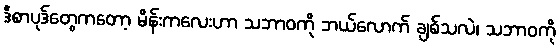
ဒီစာပုဒ်တွေကတော့ မိန်းကလေးဟာ သဘာဝကို ဘယ်လောက် ချစ်သလဲ၊ သဘာဝကို